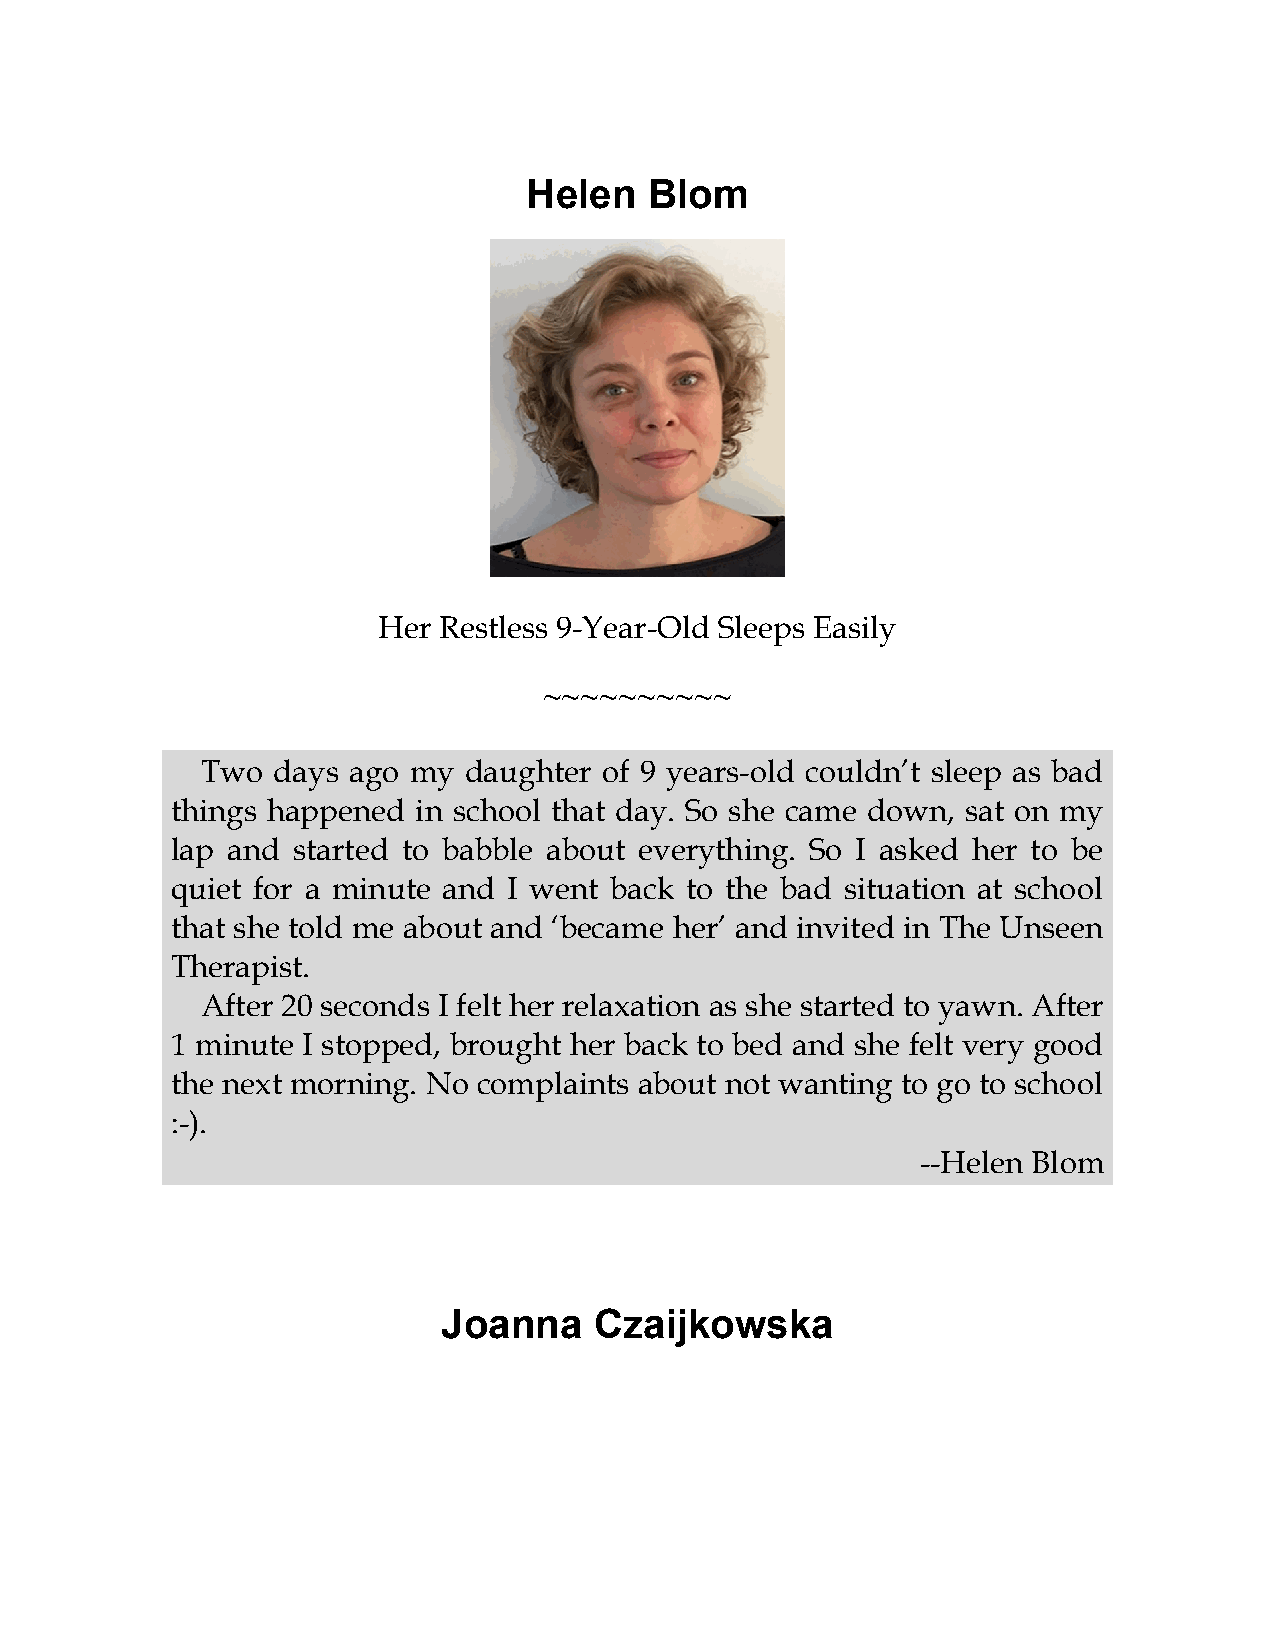
Helen   Blom
 Her Restless 9-Year-Old Sleeps Easily
 ~~~~~~~~~~
 Two  days ago my  daughter of 9 years-old couldn’t sleep as bad
 things happened  in school that day. So she came down, sat on my
 lap and started to babble about everything. So I asked her to be
 quiet for a minute and I went back to the bad situation at school
 that she told me about and ‘became her’ and invited in The Unseen
 Therapist.
 After 20 seconds I felt her relaxation as she started to yawn. After
 1 minute I stopped, brought her back to bed and she felt very good
 the next morning. No complaints about not wanting to go to school
 :-).
 --Helen Blom
 Joanna    Czaijkowska